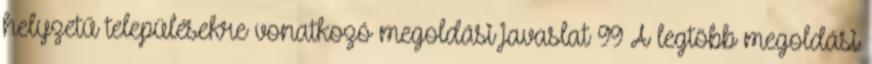
helyzetű településekre vonatkozó megoldási javaslat 99 A legtöbb megoldási